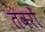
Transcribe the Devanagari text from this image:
तंवरों